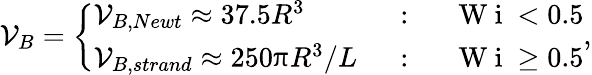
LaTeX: \mathcal{V}_{B}=\left\{ \begin{array}{ll}{\mathcal{V}_{B,Newt}\approx 37.5R^{3}}&{\mathrm{~:~}\quad\mathrm{~W~i~}<0.5}\\ {\mathcal{V}_{B,strand}\approx 250\uppi R^{3}/L}&{\mathrm{~:~}\quad\mathrm{~W~i~}\geq 0.5}\end{array}\right.,